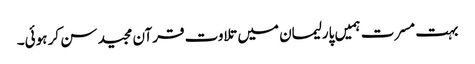
بہت مسرت ہمیں پارلیمان میں تلاوت قرآن مجید سن کر ہوئی۔